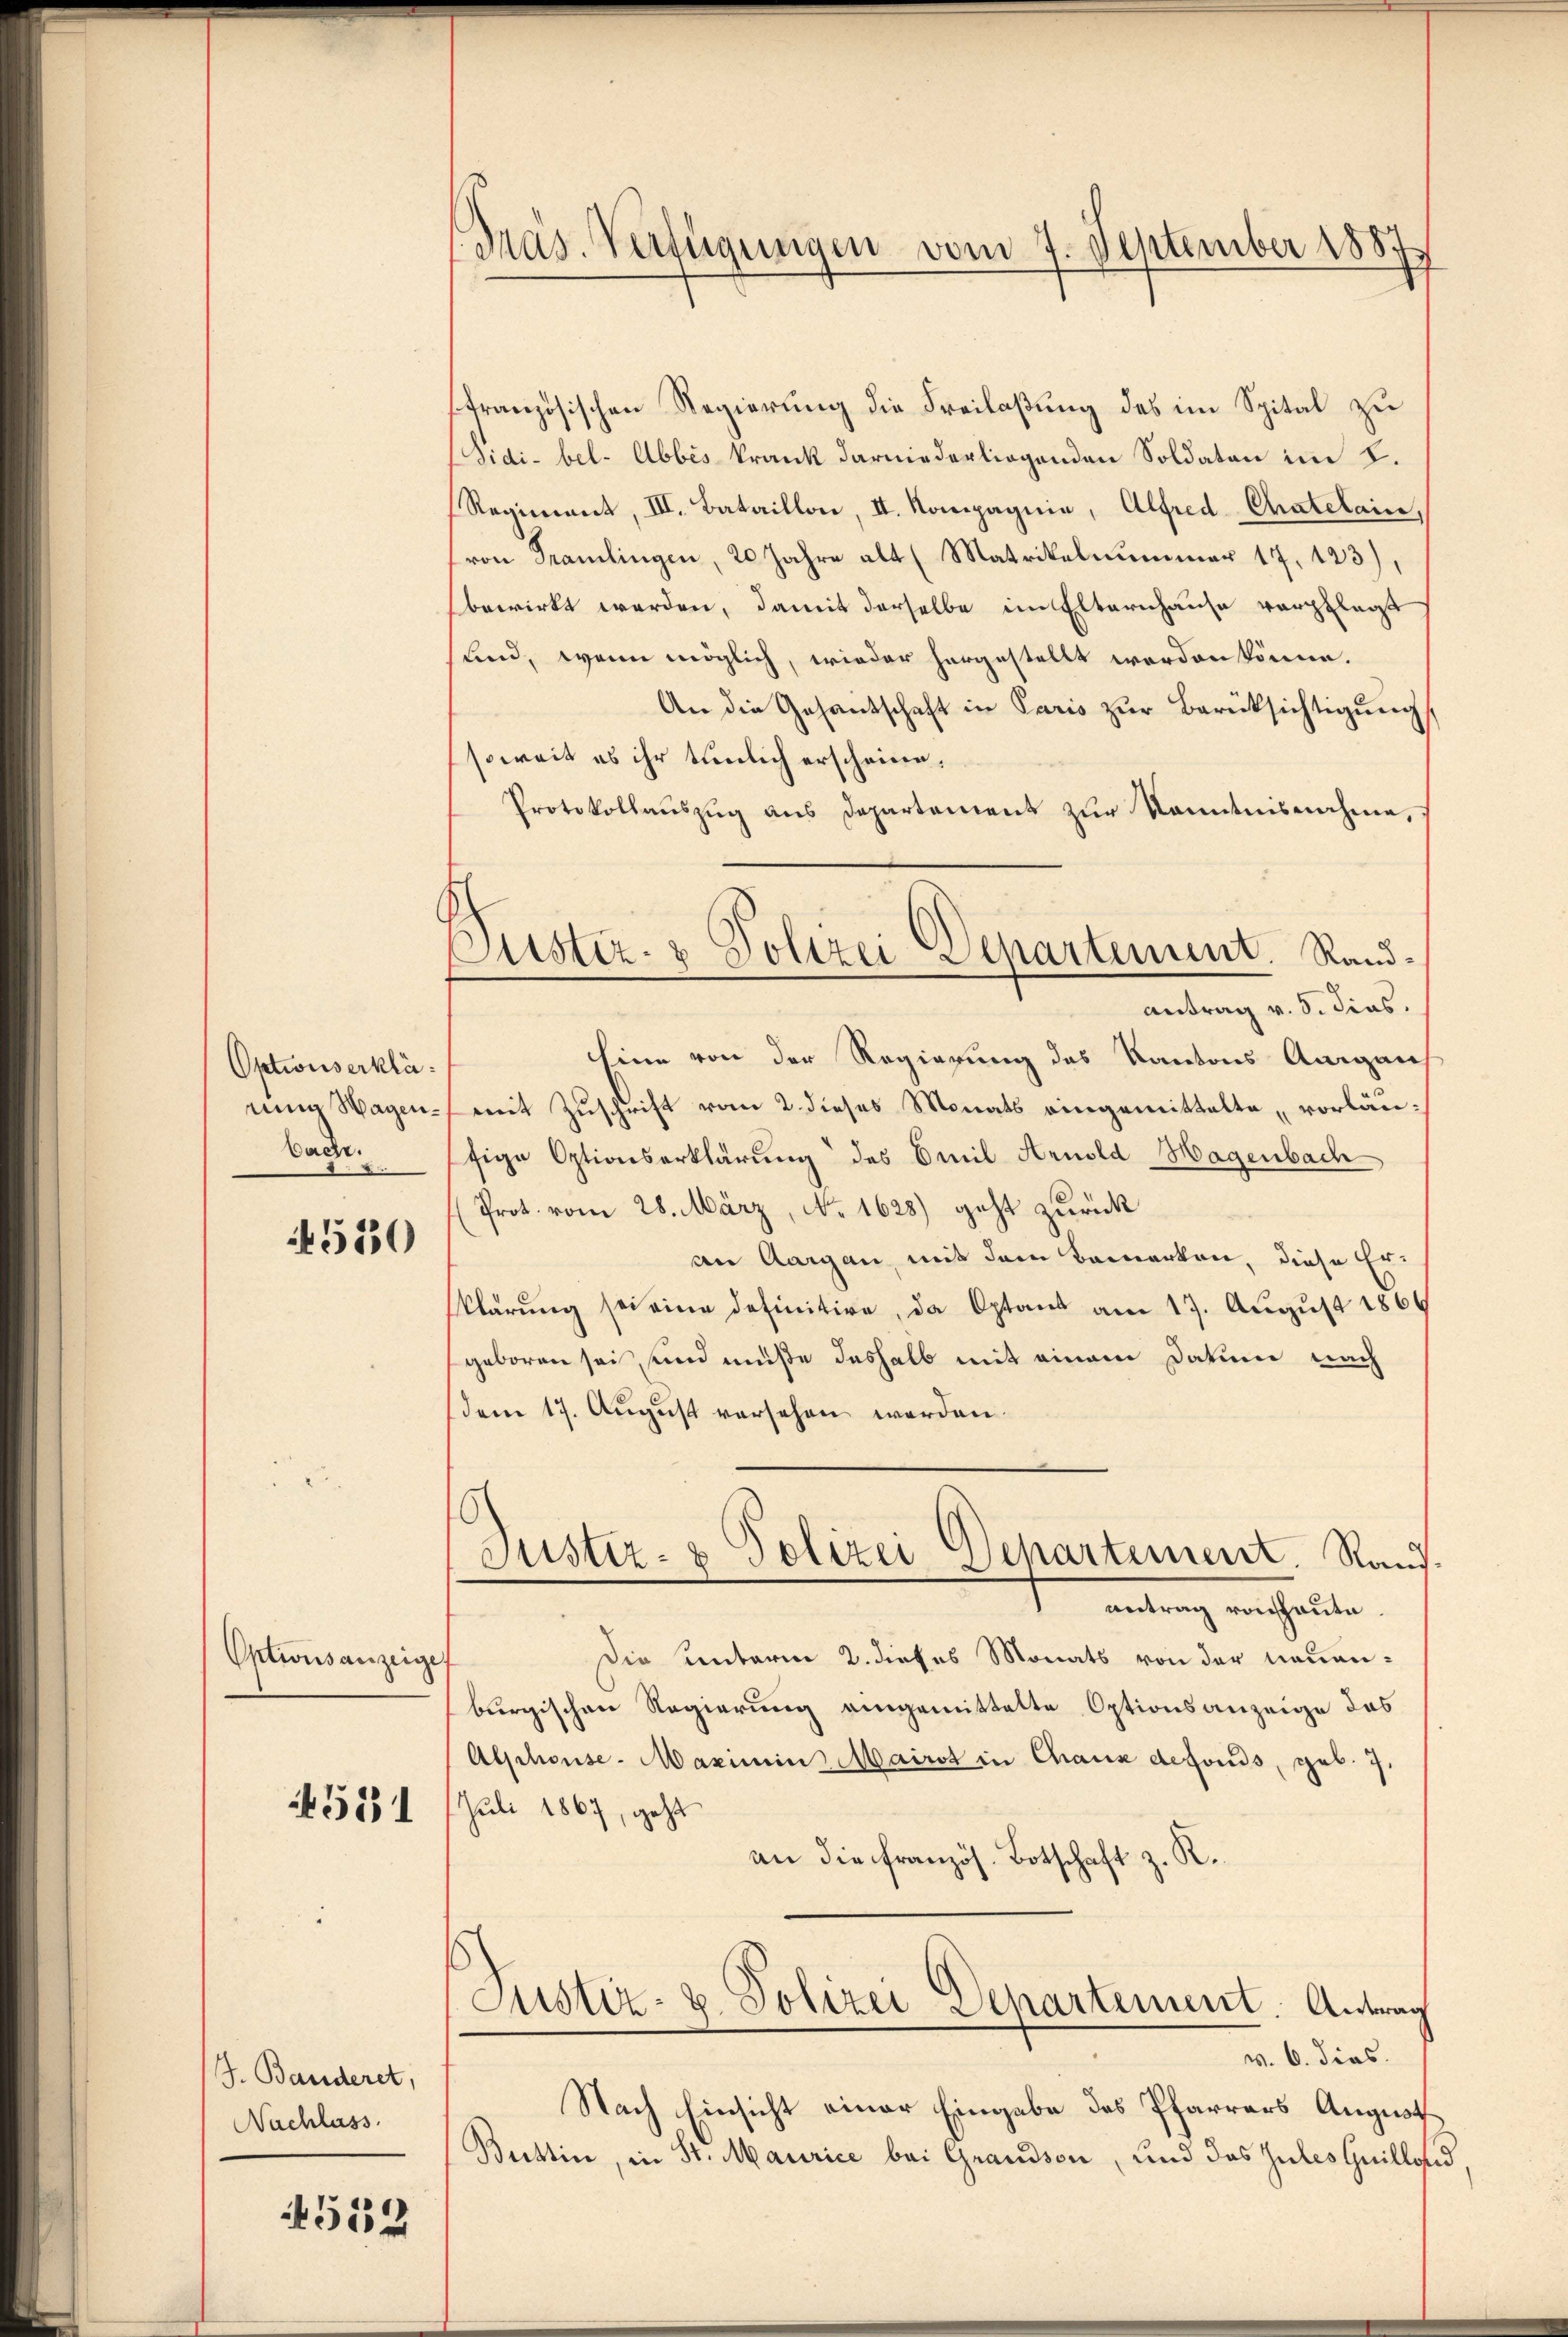
Optionserklänung Wagen¬
Dache.

4530

Optionsanzeige

4531

J. Banderet,
Nachlass

4512

Präs. Verfügungen vom 7. September 1887

Justiz- & Polizei Separtement. Rand¬

französischen Regierung die Freilaßung des im Spital zu
Sidi-bel- Abbes krank darniederliegenden Soldaten im §.
Regiment, III. Bataillon, II. Kompagnie, Alfred-Chatelain,
von Tramlingen, 20 Jahre alt (Matrikelnummer 17. 123),
bewirkt werden, damit derselbe im Elternhause verpflegt
und, wenn möglich, wieder hergestellt werden könne.
An die Gesantschaft in Paris zŭr Berücksichtigŭng
soweit es ihr tunlich erscheine.
Protokollaŭszŭg ans Departement zŭr Kenntnisnehmen,
Antrag v. 5. dies.
hine von der Regierung des Kantons Aargau
mit Zuschrift vom 2. dieses Monats eingemittelte, vorläufige Optionserklärung des Emil Arnold Hagenbach
Prot. vom 28. März, No. 1628) geht zurück
an Aargau, mit dem Bemerken, diese Erklärung sei eine definitive, da Optant am 17. August 1869
geboren sei, sind müße deshalb mit einem Datum nach
dem 17. August versehen werden.
Justiz- & Polizei Departement. Randantrag von haute.
Die unterm 2. dieses Monats von der neuenburgischen Regierung eingemittelte Optionsanzeige das
Alphonse- Maximin Mairst in Chaux defonds, geb. 7.
Juli 1867, geht
an die französ. Botschaft z. R.
Justiz- u. Polizei Departement. Antrag
v. 6. dies.
Nach Einsicht einer Eingabe des Pfarrers Augnoth
Büttin, in St. Maurice bei Grandson, und das Zules Guilland